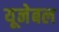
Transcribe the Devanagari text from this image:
यूनेबल